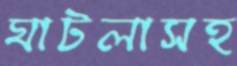
ঘাটলাসহ